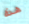
هذه